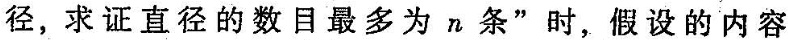
径，求证直径的数目最多为n条”时，假设的内容